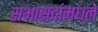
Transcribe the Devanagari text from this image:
सभासदांमधले